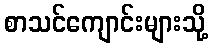
စာသင်ကျောင်းများသို့